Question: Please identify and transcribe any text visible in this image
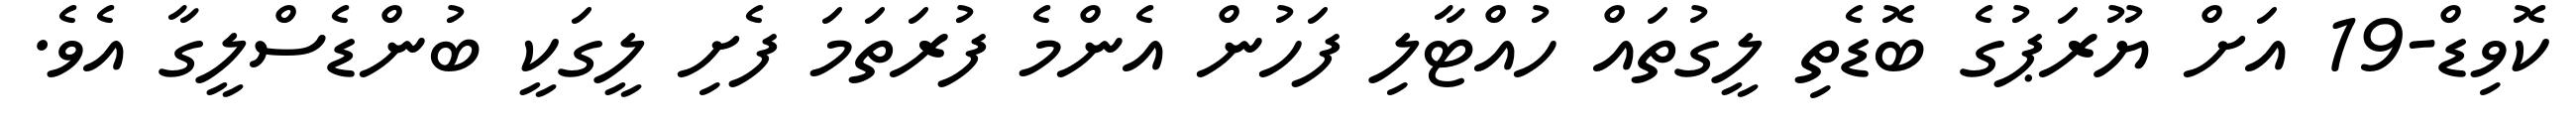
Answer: ކޮވިޑް-19 އަށް ޔޫރަޕުގެ ބޮޑެތި ލީގުތައް ހުއްޓާލި ފަހުން އެންމެ ފުރަތަމަ ފެށި ލީގަކީ ބުންޑެސްލީގާ އެވެ.